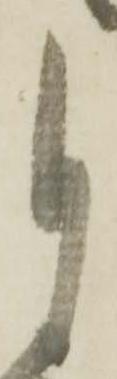
月